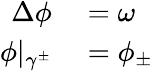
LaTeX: \begin{array}{rl}{\Delta\phi}&{{}=\omega}\\ {\phi\vert_{\gamma^{\pm}}}&{{}=\phi_{\pm}}\end{array}